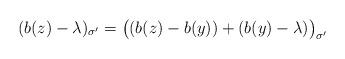
LaTeX: \begin{align*}(b(z)-\lambda)_{\sigma'}=\big((b(z)-b(y))+(b(y)-\lambda)\big)_{\sigma'}\end{align*}